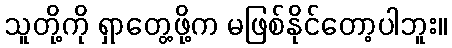
သူတို့ကို ရှာတွေ့ဖို့က မဖြစ်နိုင်တော့ပါဘူး။